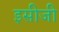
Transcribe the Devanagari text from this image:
इसीजी